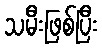
သမီးဖြစ်ပြီး